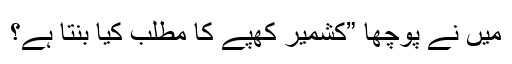
میں نے پوچھا ”کشمیر کھپے کا مطلب کیا بنتا ہے؟